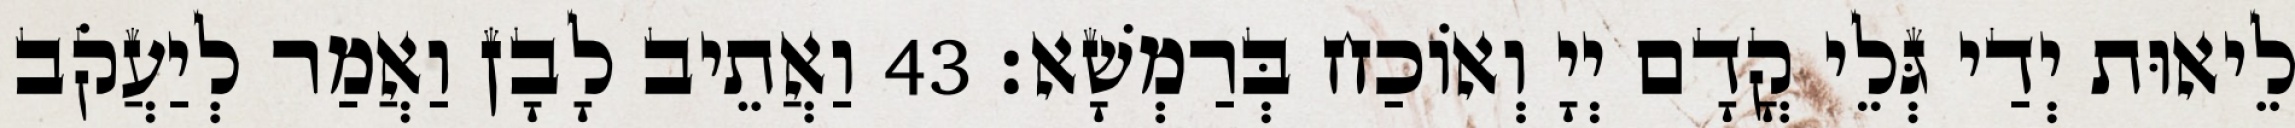
לֵיאוּת יְדַי גְּלֵי קֳדָם יְיָ וְאוֹכַח בְּרַמְשָׁא׃ 43 וַאֲתֵיב לָבָן וַאֲמַר לְיַעֲקֹב